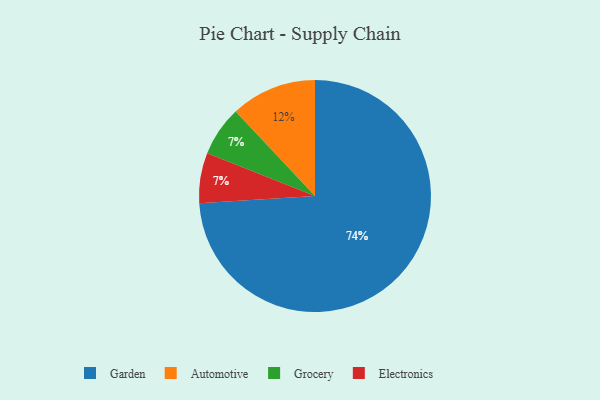
{"axis": {"x": "Category", "y": "Percentage"}, "legend": ["Automotive", "Electronics", "Garden", "Grocery"], "data": [{"x": "Garden", "y": 74, "type": "Garden"}, {"x": "Grocery", "y": 7, "type": "Grocery"}, {"x": "Electronics", "y": 7, "type": "Electronics"}, {"x": "Automotive", "y": 12, "type": "Automotive"}]}